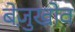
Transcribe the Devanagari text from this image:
बेज़ुखोव